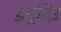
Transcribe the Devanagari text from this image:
इयुदिउ